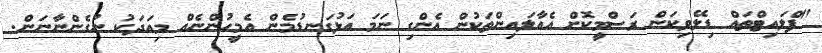
"ފްލައިޓްތައް ޑިލޭވިކަން ރަސްމީކޮށް އެއާލައިންތަކުން އެންގި ނަމަ އަޅުގަނޑުމެން އެމީހުންނެއް މިއަދަކު ނުގެންނާނަން.